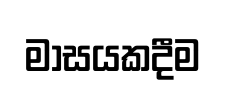
මාසයකදීම